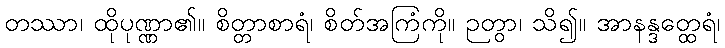
တဿာ၊ ထိုပုဏ္ဏာ၏။ စိတ္တာစာရံ၊ စိတ်အကြံကို။ ဉတွာ၊ သိ၍။ အာနန္ဒတ္ထေရံ၊